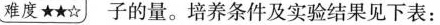
难度★★☆ 子的量。培养条件及实验结果见下表：